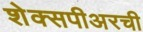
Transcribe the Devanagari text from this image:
शेक्सपीअरची